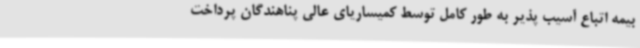
بیمه اتباع آسیب پذیر به طور کامل توسط کمیساریای عالی پناهندگان پرداخت